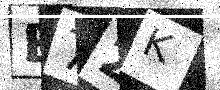
Text: E72K